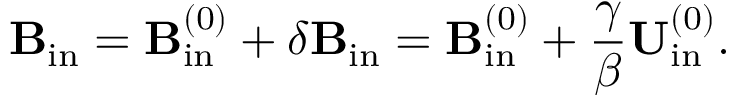
{ \bf { B } } _ { \mathrm { { i n } } } = { \bf { B } } _ { \mathrm { { i n } } } ^ { ( 0 ) } + \delta { \bf { B } } _ { \mathrm { { i n } } } = { \bf { B } } _ { \mathrm { { i n } } } ^ { ( 0 ) } + \frac { \gamma } { \beta } { \bf { U } } _ { \mathrm { { i n } } } ^ { ( 0 ) } .